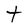
Character: t